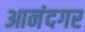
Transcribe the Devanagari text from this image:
आनंदगर